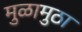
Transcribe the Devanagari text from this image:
मुळामुठा